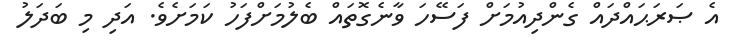
އެ ޞަރަޙައްދައް ގެންދިއުމަށް ފަސޭހަ ވާނެގޮތައް ބެލުމަށްފަހު ކަމަށެވެ. އަދި މި ބަދަލު